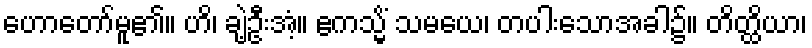
ဟောတော်မူ၏။ ဟိ၊ ချဲ့ဦးအံ့။ ဧကသ္မိံ သမယေ၊ တပါးသောအခါ၌။ တိတ္ထိယာ၊